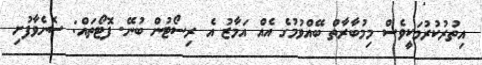
އިތުރުކުރުމަކީވެސް މިމުބާރާތް ބޭއްވުމުގެ އެއް އަމާޒު އެ ރިސޯޓުން ބުނޭ. ފޮޓޯތައް: ސޮނެވާފުށި